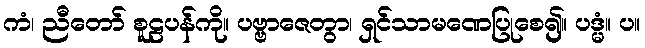
ကံ၊ ညီတော် စူဠပန်ကို။ ပဗ္ဗာဇေတွာ၊ ရှင်သာမဏေပြုစေ၍။ ပဒ္မံ။ ပ။